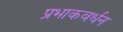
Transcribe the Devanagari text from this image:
प्रभाकवर्धन